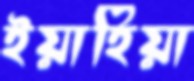
ইয়াহিয়া